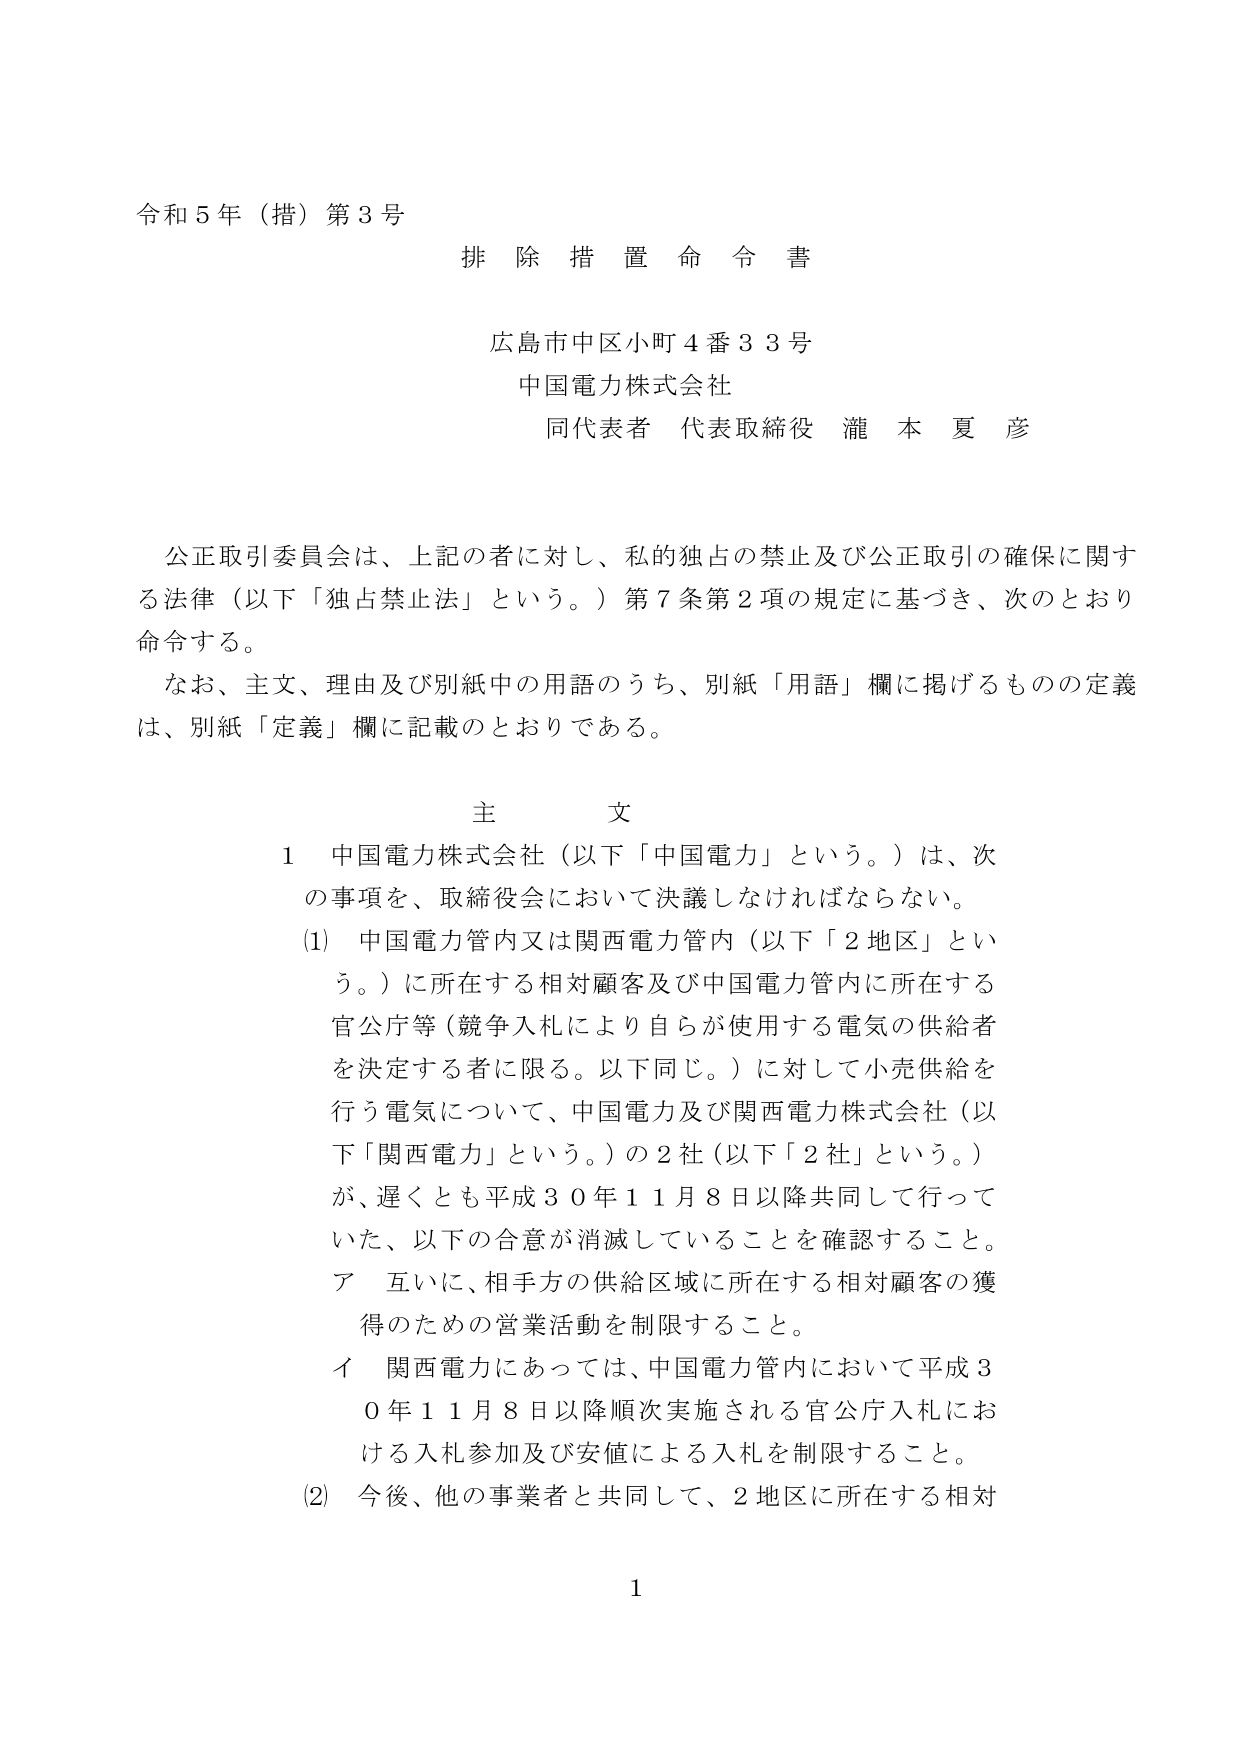
令和５年（措）第３号
排除措置命令書

広島市中区小町４番３３号
中国電力株式会社
同代表者 代表取締役 瀧本夏彦

公正取引委員会は、上記の者に対し、私的独占の禁止及び公正取引の確保に関する法律（以下「独占禁止法」という。）第７条第２項の規定に基づき、次のとおり命令する。
なお、主文、理由及び別紙中の用語のうち、別紙「用語」欄に掲げるものの定義は、別紙「定義」欄に記載のとおりである。

主文
１ 中国電力株式会社（以下「中国電力」という。）は、次の事項を、取締役会において決議しなければならない。
(1) 中国電力管内又は関西電力管内（以下「２地区」という。）に所在する相対顧客及び中国電力管内に所在する官公庁等（競争入札により自らが使用する電気の供給者を決定する者に限る。以下同じ。）に対して小売供給を行う電気について、中国電力及び関西電力株式会社（以下「関西電力」という。）の２社（以下「２社」という。）が、遅くとも平成３０年１１月８日以降共同して行っていた、以下の合意が消滅していることを確認すること。
　ア 互いに、相手方の供給区域に所在する相対顧客の獲得のための営業活動を制限すること。
　イ 関西電力にあっては、中国電力管内において平成３０年１１月８日以降順次実施される官公庁入札における入札参加及び安値による入札を制限すること。
(2) 今後、他の事業者と共同して、２地区に所在する相対

1